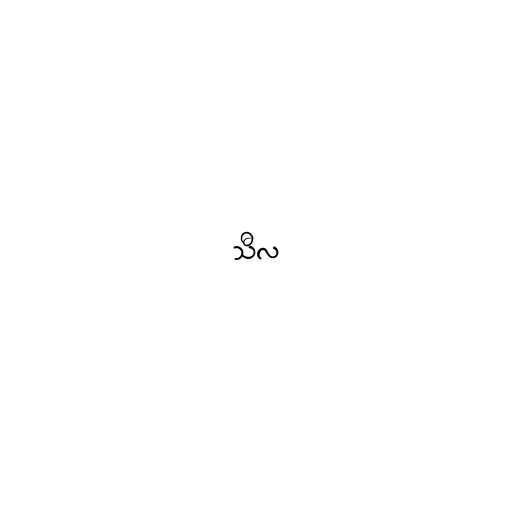
သီလ